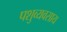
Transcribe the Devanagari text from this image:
पशुव्यवसाय